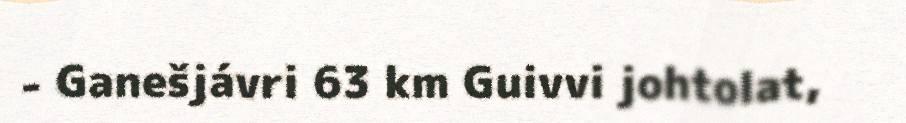
- Ganešjávri 63 km Guivvi johtolat,